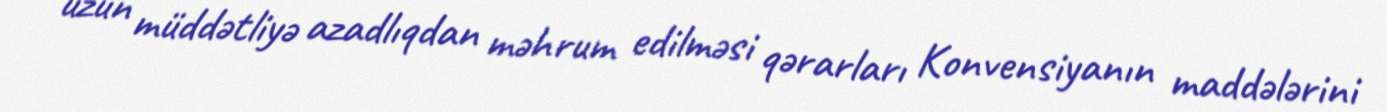
uzun müddətliyə azadlıqdan məhrum edilməsi qərarları Konvensiyanın maddələrini